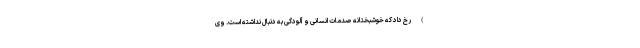
) رخ داد که خوشبختانه صدمات انسانی و آلودگی به دنبال نداشته است. وی